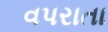
વપરાતા